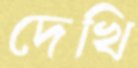
দেখি